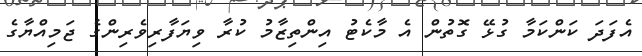
އެފަދަ ކަންކަމާ ގުޅޭ ގޮތުން އެ މާކެޓު އިންތިޒާމު ކުރާ ވިޔަފާރިވެރިންގެ ޖަމިއްޔާގެ